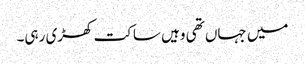
میں جہاں تھی وہیں ساکت کھڑی رہی۔